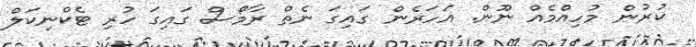
ކުރުން މުހިއްމެއް ނޫން. އަހަރެން ގައިގަ ނެތް ރާމޯސް ގައިގަ ހުރި ޓެކްނިކަލް